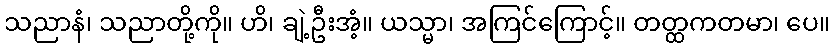
သညာနံ၊ သညာတို့ကို။ ဟိ၊ ချဲ့ဦးအံ့။ ယသ္မာ၊ အကြင်ကြောင့်။ တတ္ထကတမာ၊ ပေ။